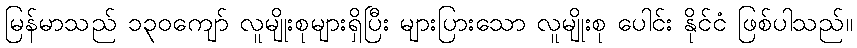
မြန်မာသည် ၁၃၀ကျော် လူမျိုးစုများရှိပြီး များပြားသော လူမျိုးစု ပေါင်း နိုင်ငံ ဖြစ်ပါသည်။